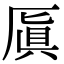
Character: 厧